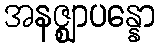
အနဇ္ဈာပန္နော